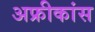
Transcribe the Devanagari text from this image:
अफ्रीकांस